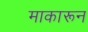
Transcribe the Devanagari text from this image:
माकारून